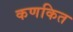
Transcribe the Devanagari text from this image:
कणकित